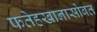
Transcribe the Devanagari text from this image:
फतेहखानासोबत